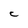
Character: C